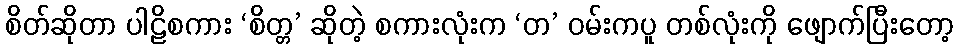
စိတ်ဆိုတာ ပါဠိစကား ‘စိတ္တ’ ဆိုတဲ့ စကားလုံးက ‘တ’ ဝမ်းကပူ တစ်လုံးကို ဖျောက်ပြီးတော့